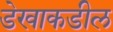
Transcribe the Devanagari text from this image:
डेखाकडील